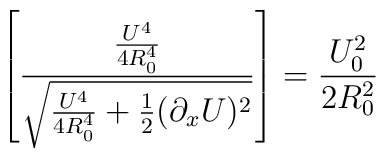
\left[ {{U^4\over 4 R_0^4}\over \sqrt{{U^4\over 4R_0^4}+ {1\over 2}(\partial_x U)^2}}\right] = {U_0^2\over 2 R_0^2}